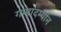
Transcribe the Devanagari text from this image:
गप्पांदर्म्यान